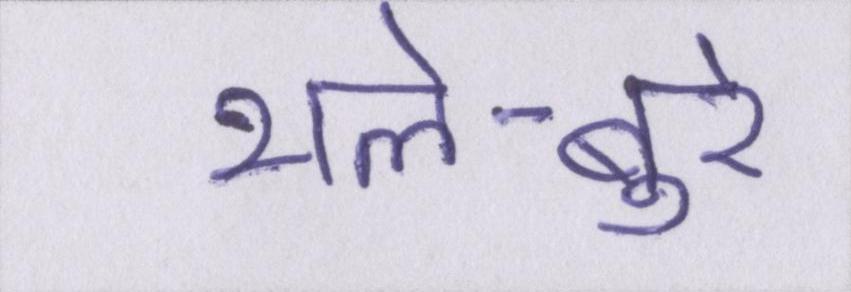
भले-बुरे